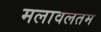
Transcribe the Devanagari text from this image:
मलावलतम